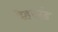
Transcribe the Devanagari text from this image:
देहखंड